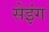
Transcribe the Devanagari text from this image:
सेइंग